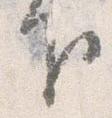
下